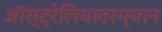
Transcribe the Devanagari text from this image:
ऑस्ट्रेलियादरम्यान